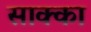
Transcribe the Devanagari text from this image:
साक्का